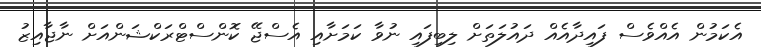
އެކަމުން އެއްވެސް ފައިދާއެއް ދައުލަތަށް ލިބިފައި ނުވާ ކަމަށާއި އެސްޖޭ ކޮންސްޓްރަކްޝަންއަށް ނާޖާއިޒު